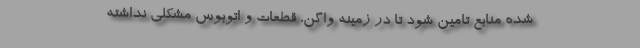
شده منابع تامین شود تا در زمینه واگن، قطعات و اتوبوس مشکلی نداشته